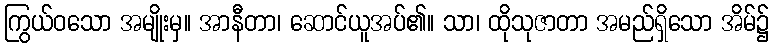
ကြွယ်ဝသော အမျိုးမှ။ အာနီတာ၊ ဆောင်ယူအပ်၏။ သာ၊ ထိုသုဇာတာ အမည်ရှိသော အိမ်၌